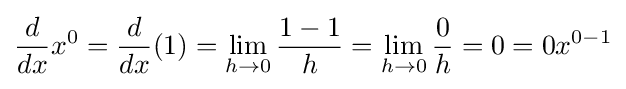
{\frac {d}{dx}}x^{0}={\frac {d}{dx}}(1)=\lim _{h\to 0}{\frac {1-1}{h}}=\lim _{h\to 0}{\frac {0}{h}}=0=0x^{0-1}